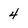
Character: 4